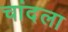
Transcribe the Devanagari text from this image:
चांदला